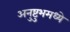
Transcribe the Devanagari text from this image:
अनुष्टुभमध्ये